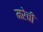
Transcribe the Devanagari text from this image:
मरेची